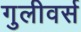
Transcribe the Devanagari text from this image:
गुलीवर्स